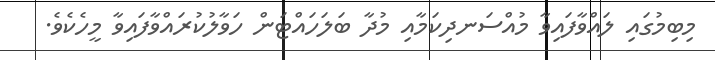
މިބިމުގައި ލައްވާފައިވާ މުއްސަނދިކަމާއި މުދާ ބަލަހައްޓަން ހަވާލުކުރައްވާފައިވާ މީހެކެވެ.